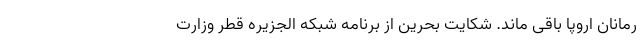
رمانان اروپا باقی ماند. شکایت بحرین از برنامه شبکه الجزیره قطر وزارت